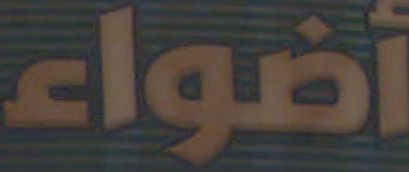
أضواء